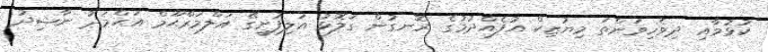
ކުޅުމާއި ދިވެހިވަންތަ މިޔުޒިކް އުފެއްދުމުގެ ރޮނގުން ގަލޮޅު އަލިފުށީގޭ އަލްމަރްޙޫމް އަޙްމަދު ނާޝިދު